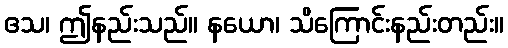
ဧသ၊ ဤနည်းသည်။ နယော၊ သိကြောင်းနည်းတည်း။